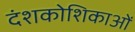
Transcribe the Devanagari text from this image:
दंशकोशिकाओं